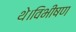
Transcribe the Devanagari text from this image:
थे।विभीषण